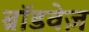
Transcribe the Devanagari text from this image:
ब्रॉडवेज़